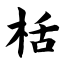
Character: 栝